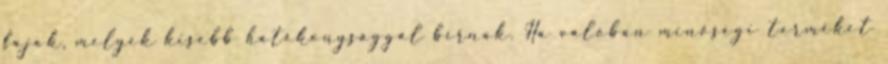
fajok, melyek kisebb hatékonysággal bírnak. Ha valóban minőségi terméket